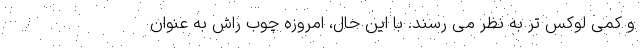
و کمی لوکس تر به نظر می رسند. با این حال، امروزه چوب راش به عنوان